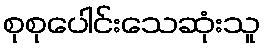
စုစုပေါင်းသေဆုံးသူ